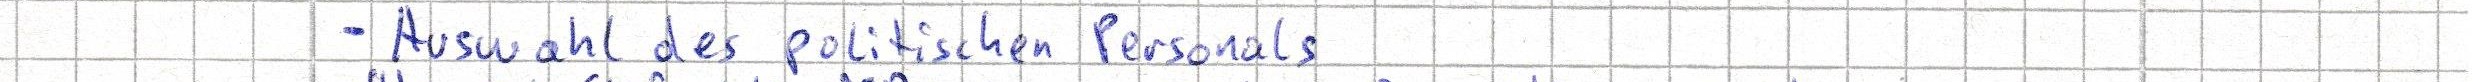
- Auswahl des politischen Personals